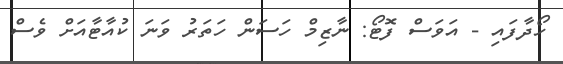
ހޯދާފައި - އަވަސް ފޮޓޯ: ނާޒިމް ހަސަން ހަތަރު ވަނަ ކުއާޓާއަށް ވެސް